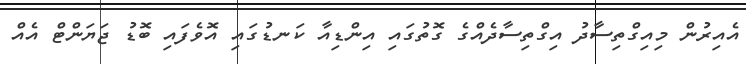
އެއިރުން މިއިގްތިސާދު އިގްތިސާދެއްގެ ގޮތުގައި އިންޑިއާ ކަނޑުގައި އޮވެފައި ބޮޑު ޖަޔަންޓް އެއް